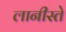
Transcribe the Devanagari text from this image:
लानीस्ते